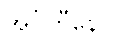
အင်္ဂဟီနော